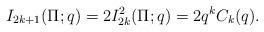
LaTeX: \begin{align*}I_{2k+1}(\Pi;q)= 2 I_{2k}^{2}(\Pi;q)= 2q^kC_k(q).\end{align*}